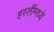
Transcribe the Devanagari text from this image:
हस्तींमध्ये